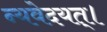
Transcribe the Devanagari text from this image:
न्यवेदयत्।